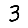
Digit: 3